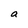
Character: a